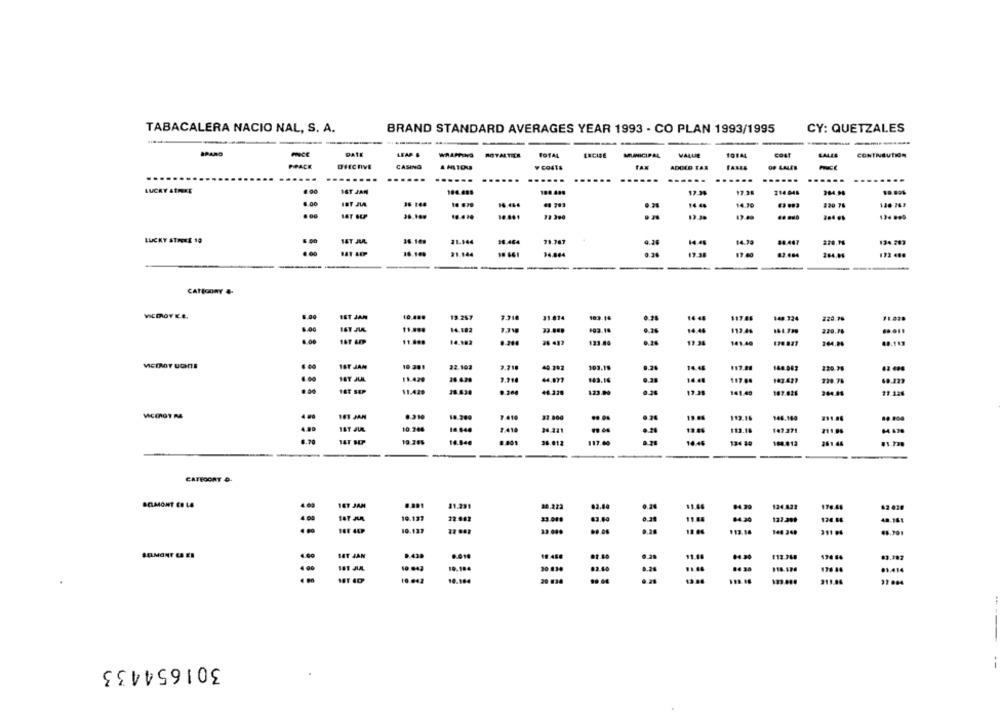
TABACALERA NACIO NAL, S. A.
BRAND STANDARD AVERAGES YEAR 1993 - CO PLAN 1993/1995
CY: QUETZALES
SPARO
patr
LEAP &
MOTALTER
WALLIE
LALIE
CONTNEUTION
PRACE
CASING
¥ CO4TE
TAX
FALLS
ADDED TAX
.....
..
LUCKY AtHEE
IST JAN
104.488
12.38
17.35
214.048
264.98
00
16.446
#1 783
14 44
14.36
820 76
1.430
13.30
LUCKY STRIKE 10
36.109
21.164
16.464
71.767
14:45
14.30
84.447
134.283
16.10%
#1.144
94.864
19.38
----
CATEGORY &
EST JAN
13 .257
7.718
11 014
183-14
14 48
117.45
220.28
0.28
8.00
11 ....
14.182
14.44
112.46
.. ...
11.80.
14.182
123.80
19.98
141.40
204.08
IST JAM
32.103
2.718
49 792
193.19
14.48
117.08
160 063
...
HOT JUL
11.429
26.4.29
143.16
14.48
183 427
720.75
60.223
. .
HET SAP
11.429
46.2.28
123.99
13.38
141.49
187.828
244.84
NET JAN
7.410
37.000
19.04
113.16
146.180
10.244
7 418
24.241
19.8%
113.18
147.371
1.70
19.386
18.84g
36.012
117.60
10.44
136 30
261.44
CATEGORY D
ACLMONT ES LA
1ET JAM
31.231
20.223
11.48
94.29
124 823
176.48
19.137
22 942
11.8
127.200
124.66
48.161
..
10.137
$13.14
144 349
BELMONT LA KI
BAT JAN
D.428
19.458
11.44
112.348
19.184
20 034
176 44
01.414
...
$2.00
....
10 042
10.184
13.84
311.84
301654433